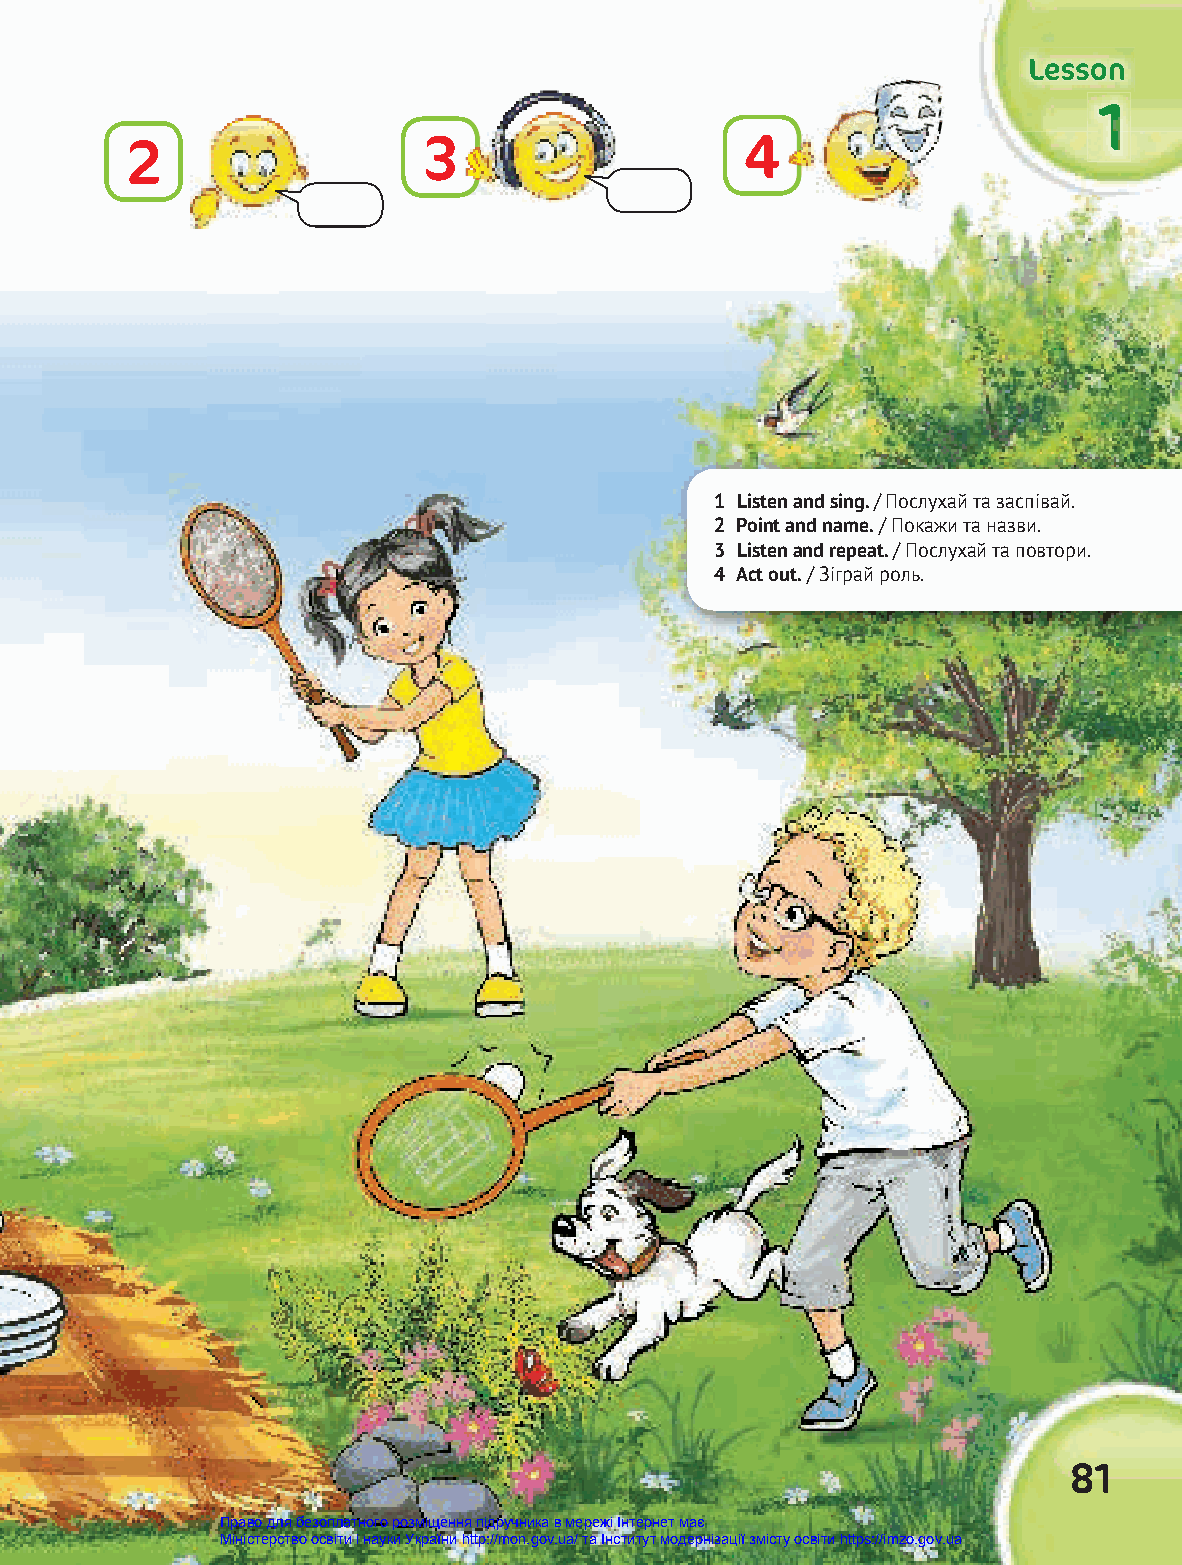
LLLeeessssssooonnn
 111111
 2                   3                    4
 1 Listen and sing. / Послухай та заспівай.
 2 Point and name. / Покажи та назви.
 3 Listen and repeat. / Послухай та повтори.
 4 Act out. / Зіграй роль.
 81
 Право для безоплатного розміщення підручника в мережі Інтернет має
 Міністерство освіти і науки України http://mon.gov.ua/ та Інститут модернізації змісту освіти https://imzo.gov.ua